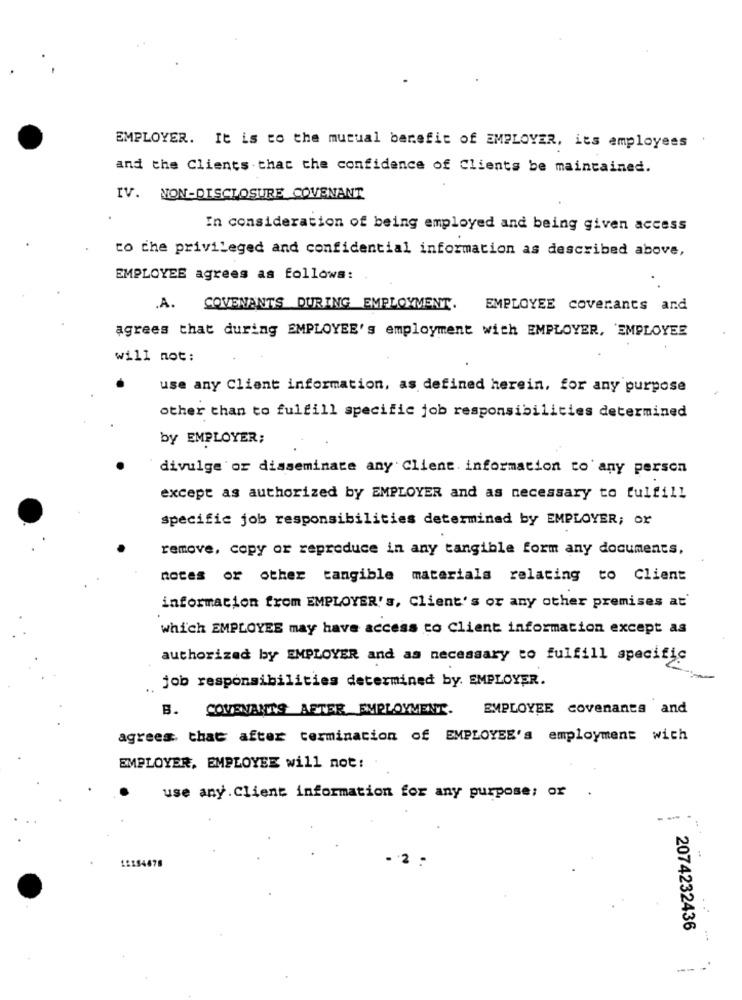
EMPLOYER. It is to the mutual benefit of EMPLOYER, its employees
and the Clients that the confidence of Clients be maintained.
IV. NON-DISCLOSURE COVENANT
In consideration of being employed and being given access
to the privileged and confidential information as described above,
EMPLOYEE agrees as follows:
.A.
COVENANTS DURING EMPLOYMENT.
EMPLOYEE coverants and
agrees that during EMPLOYEE's employment with EMPLOYER, EMPLOYER
will not:
use any Client information, as defined herein, for any purpose
other than to fulfill specific job responsibilities determined
by EMPLOYER;
divulge or disseminate any Client. information to any person
except as authorized by EMPLOYER and as necessary to fulfill
specific job responsibilities determined by EMPLOYER; or
remove, copy or reproduce in any tangible form any documents,
notes or other tangible materials relating to Client
information from EMPLOYER's, Client's or any other premises at
which EMPLOYEE may have access to Client information except as
authorized by EMPLOYER and as necessary to fulfill specific
job responsibilities determined by. EMPLOYER.
B. COVENANTS AETER EMPLOYMENT. EMPLOYEE covenants and
agrees that after termination of EMPLOYEE's employment with
EMPLOYER, EMPLOYEE will not:
.
use any. Client information for any purpose; or
- .
. 2
2074232436